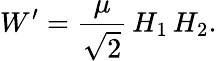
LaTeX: W^{\prime}=\frac{\mu}{\sqrt{2}}\, H_{1}\, H_{2}.